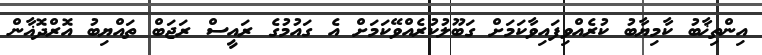
އިންތިޚާބު ކާމިޔާބު ކުރެއްވިފައިވާކަމަށް ގަބޫލުކުރެއްވޭކަމަށް އެ ގައުމުގެ ރައީސް ރަޖަބް ތައްޔިބު އޮރްދޮޣާން